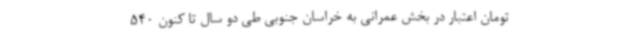
تومان اعتبار در بخش عمرانی به خراسان جنوبی طی دو سال تا کنون 540